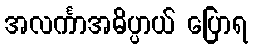
အလင်္ကာအဓိပ္ပာယ် ပြောရ